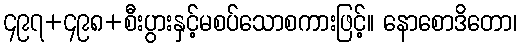
၄၉၇+၄၉၈+စီးပွားနှင့်မစပ်သောစကားဖြင့်။ နောစောဒိတော၊